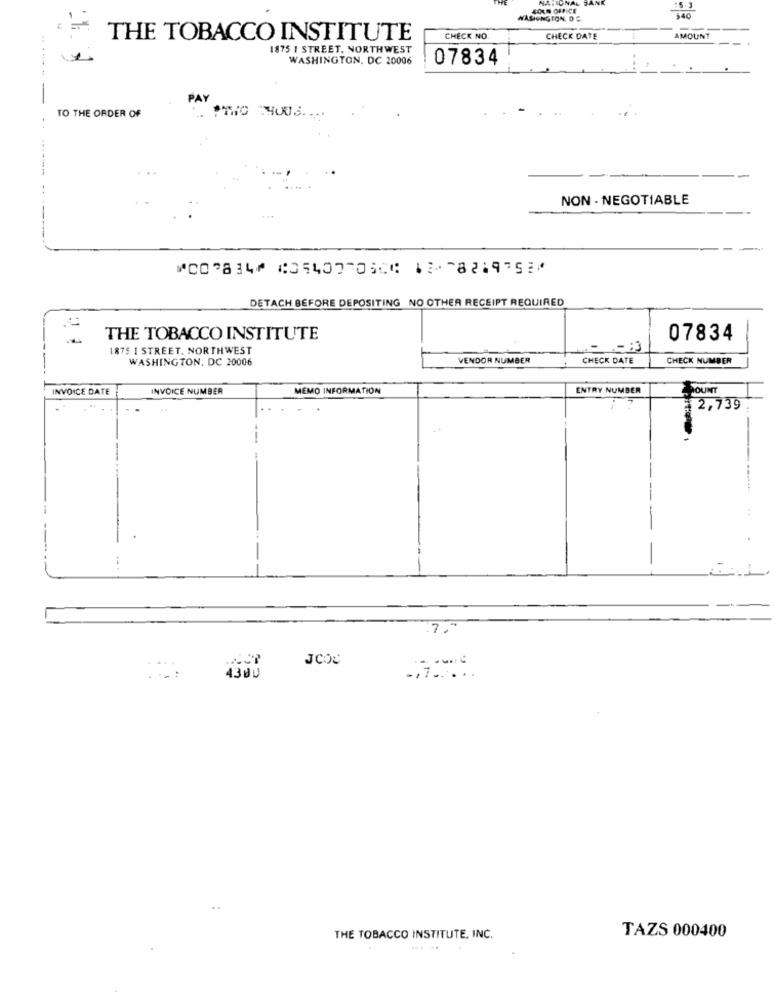
&RA OFFICE
WASONGFON. D G.
300
THE TOBACCO INSTITUTE
CHECK NO.
CHECK DATE
AMOUNT
1875 1 STREET. NORTHWEST
WASHINGTON, DC 20006
07834
------
TO THE ORDER OF
NON- NEGOTIABLE
⑈007834⑈ ⑆054077036⑆ 12⑉ 8219752⑈
DETACH BEFORE DEPOSITING NO OTHER RECEIPT REQUIRED
THE TOBACCO INSTITUTE
07834
1875 I STREET. NORTHWEST
WASHINGTON, DC 20006
VENDOR NUMBER
CHECK DATE
CHECK NUMBER
INVOICE DATE
INVOICE NUMBER
MEMO INFORMATION
ENTRY NUMBER
OUNT
12,739
7.
JCOC
....
...:
4300
THE TOBACCO INSTITUTE, INC.
TAZS 000400